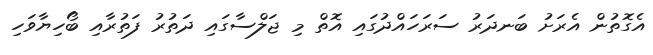
އެގޮތުން އެރަށު ބަނދަރު ސަރަހައްދުގައި އޮތް މި ޖަލްސާގައި ދަތުރު ފަތުރާއި ބޯހިޔާވަހި